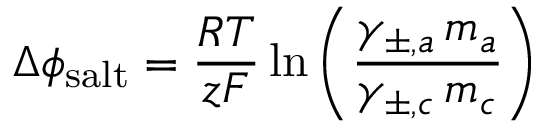
\Delta \phi _ { \mathrm { s a l t } } = \frac { R T } { z F } \ln \left( \frac { \gamma _ { \pm , a } \, m _ { a } } { \gamma _ { \pm , c } \, m _ { c } } \right)